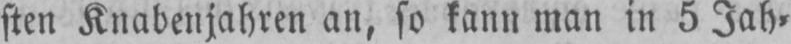
sten Knabenjahren an, so kann man in 5 Jah⸗